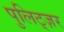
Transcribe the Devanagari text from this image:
पुलिट्ज़र